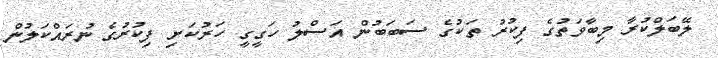
ލޭބަލްކުރާ މިބާވަތުގެ ފިކުރު ތަކުގެ ސަބަބުން އަސްލު ހަގީގީ ހަރުކަށި ފިކުރުގެ ނުރައްކަލުން